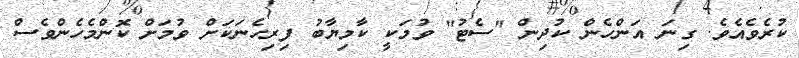
ކުރެވެއެވެ. ގިނަ އަންހެން ކުދިން "ސެޓު" ވުމަކީ ކާމިޔާބު ފިރިހެނަކަށް ވުމަށް ކޮންމެހެންވެސް